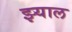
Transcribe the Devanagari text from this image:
झ्याल